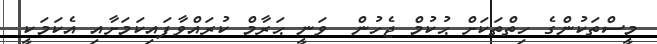
މީސްތަކުންގެ ހިތްތަކަށް ޙުކުމް ޖެހުން  ވަނީ ޙަރާމް ކުރައްވާފައިކަމަށާއި އެކަމަކީ